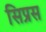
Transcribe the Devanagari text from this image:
सिप्रस